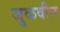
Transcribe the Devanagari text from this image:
जुळवीन